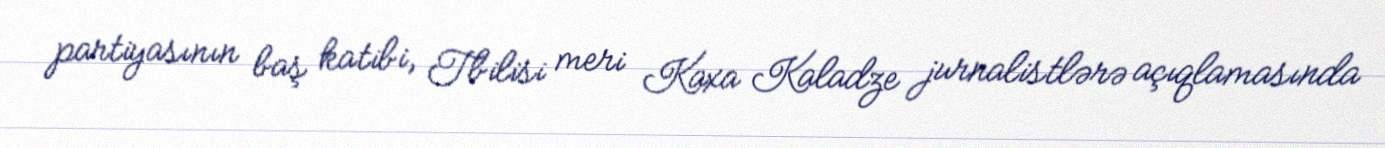
partiyasının baş katibi, Tbilisi meri Kaxa Kaladze jurnalistlərə açıqlamasında